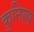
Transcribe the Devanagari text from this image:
कुनित्स